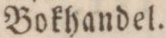
Bokhandel.